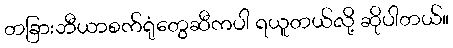
တခြားဘီယာစက်ရုံတွေဆီကပါ ရယူတယ်လို့ ဆိုပါတယ်။